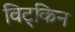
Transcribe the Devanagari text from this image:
विट्किन